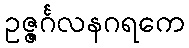
ဥဇ္ဇင်္ဂလနဂရကေ